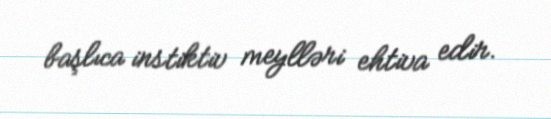
başlıca instiktiv meylləri ehtiva edir.